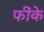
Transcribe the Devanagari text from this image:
फींके